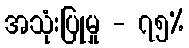
အသုံးပြုမှု - ၇၅%